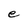
Character: e